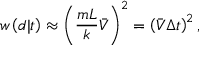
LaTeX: w \left( d | t \right) \approx \left( \frac { m L } k \bar { V } \right) ^ { 2 } = \left( \bar { V } \Delta t \right) ^ { 2 } ,